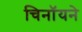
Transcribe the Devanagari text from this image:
चिनॉयने